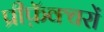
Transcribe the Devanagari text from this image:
प्रीफ़ॅक्चरों